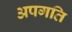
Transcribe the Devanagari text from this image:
अपगति